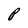
Character: P